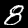
Digit: 8